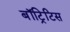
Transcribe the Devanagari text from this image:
बॉट्रिटिस